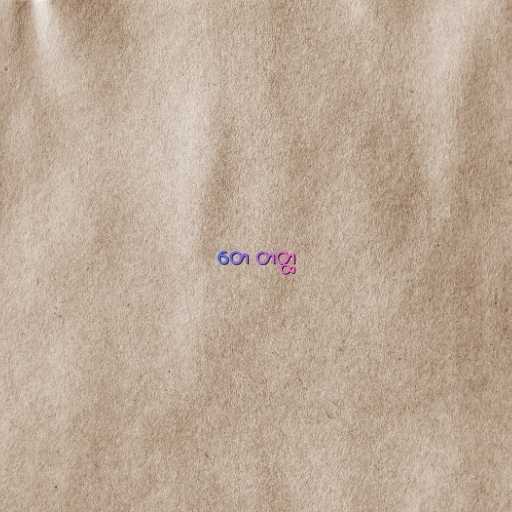
တေ တတ္ထ